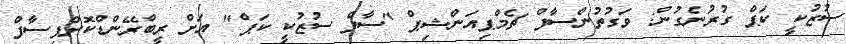
ސުޒުކީ ކަޕް ގުރުނެގުން: ވަގުތުންސާފް ޗެމްޕިއަންޝިޕް "ސާފް ސުޒުކީ ކަޕް" އަށް ރީބްރޭންޑްކޮށްފިސާފް